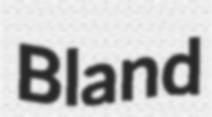
Bland